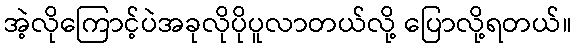
အဲ့လိုကြောင့်ပဲအခုလိုပိုပူလာတယ်လို့ ပြောလို့ရတယ်။